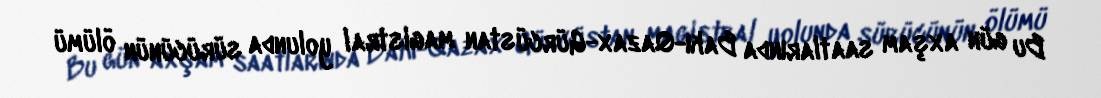
Bu gün axşam saatlarında Bakı-Qazax-Gürcüstan magistral yolunda sürücünün ölümü